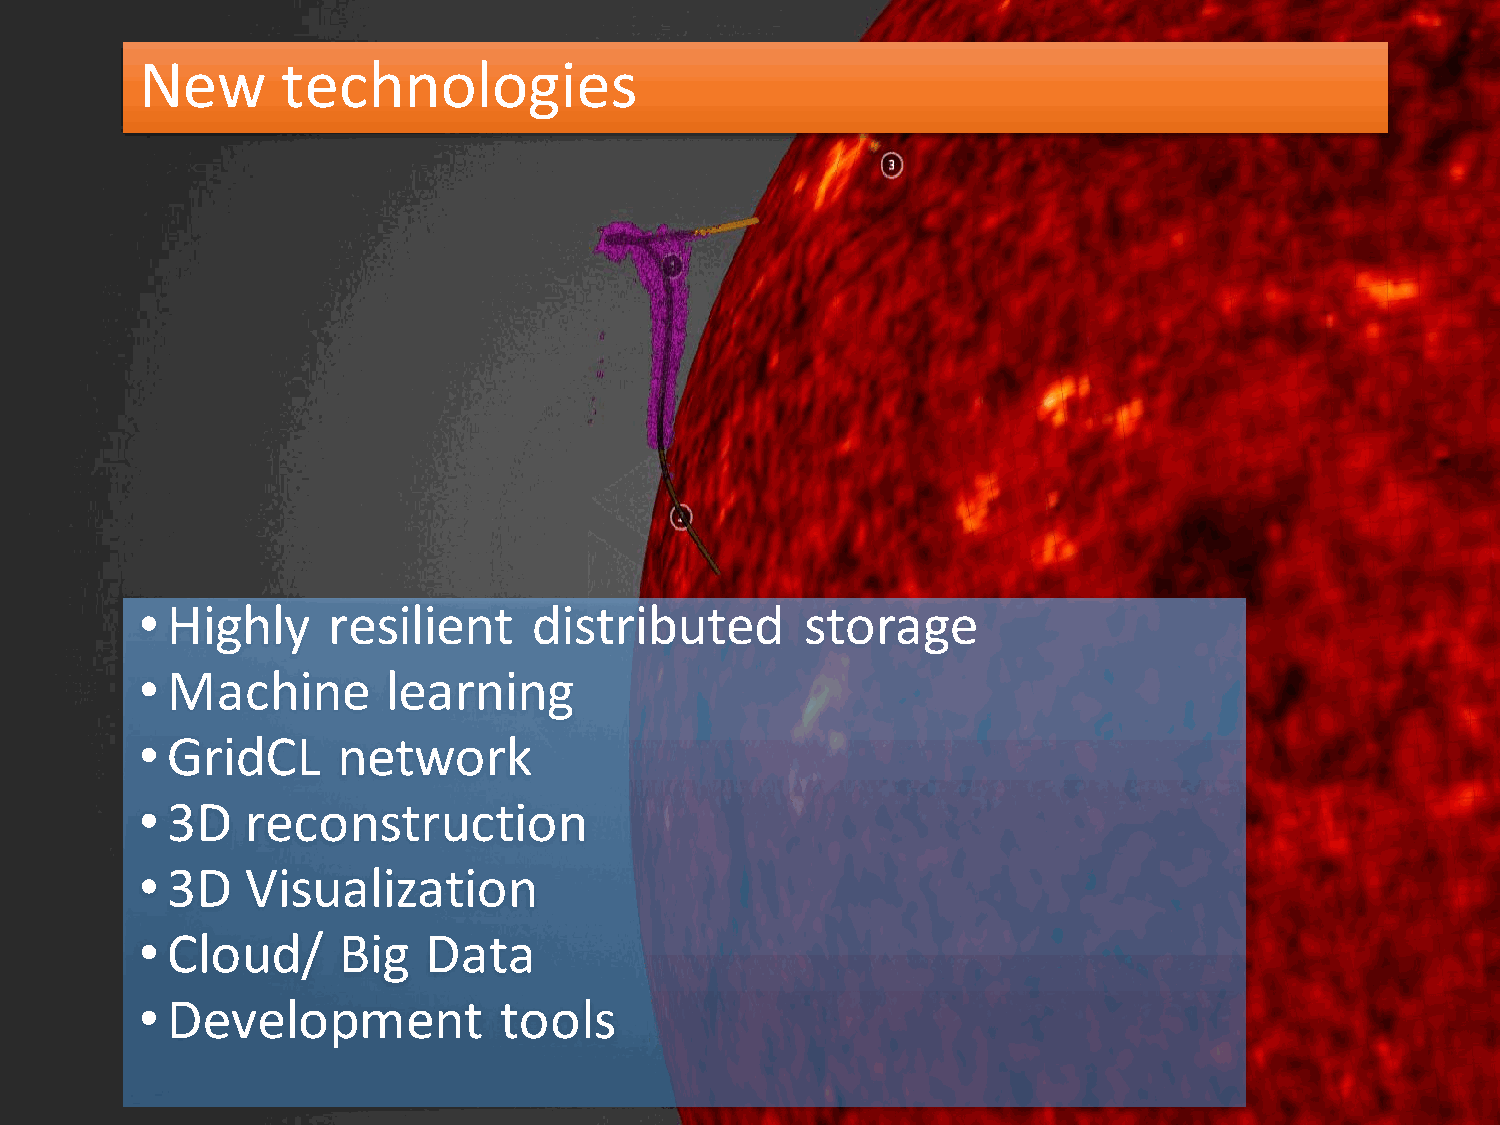
New       technologies
 • Highly     resilient    distributed       storage
 • Machine        learning
 • GridCL     network
 • 3D   reconstruction
 • 3D   Visualization
 • Cloud/     Big   Data
 • Development           tools